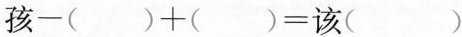
$$孩-( )+( )=该（）$$